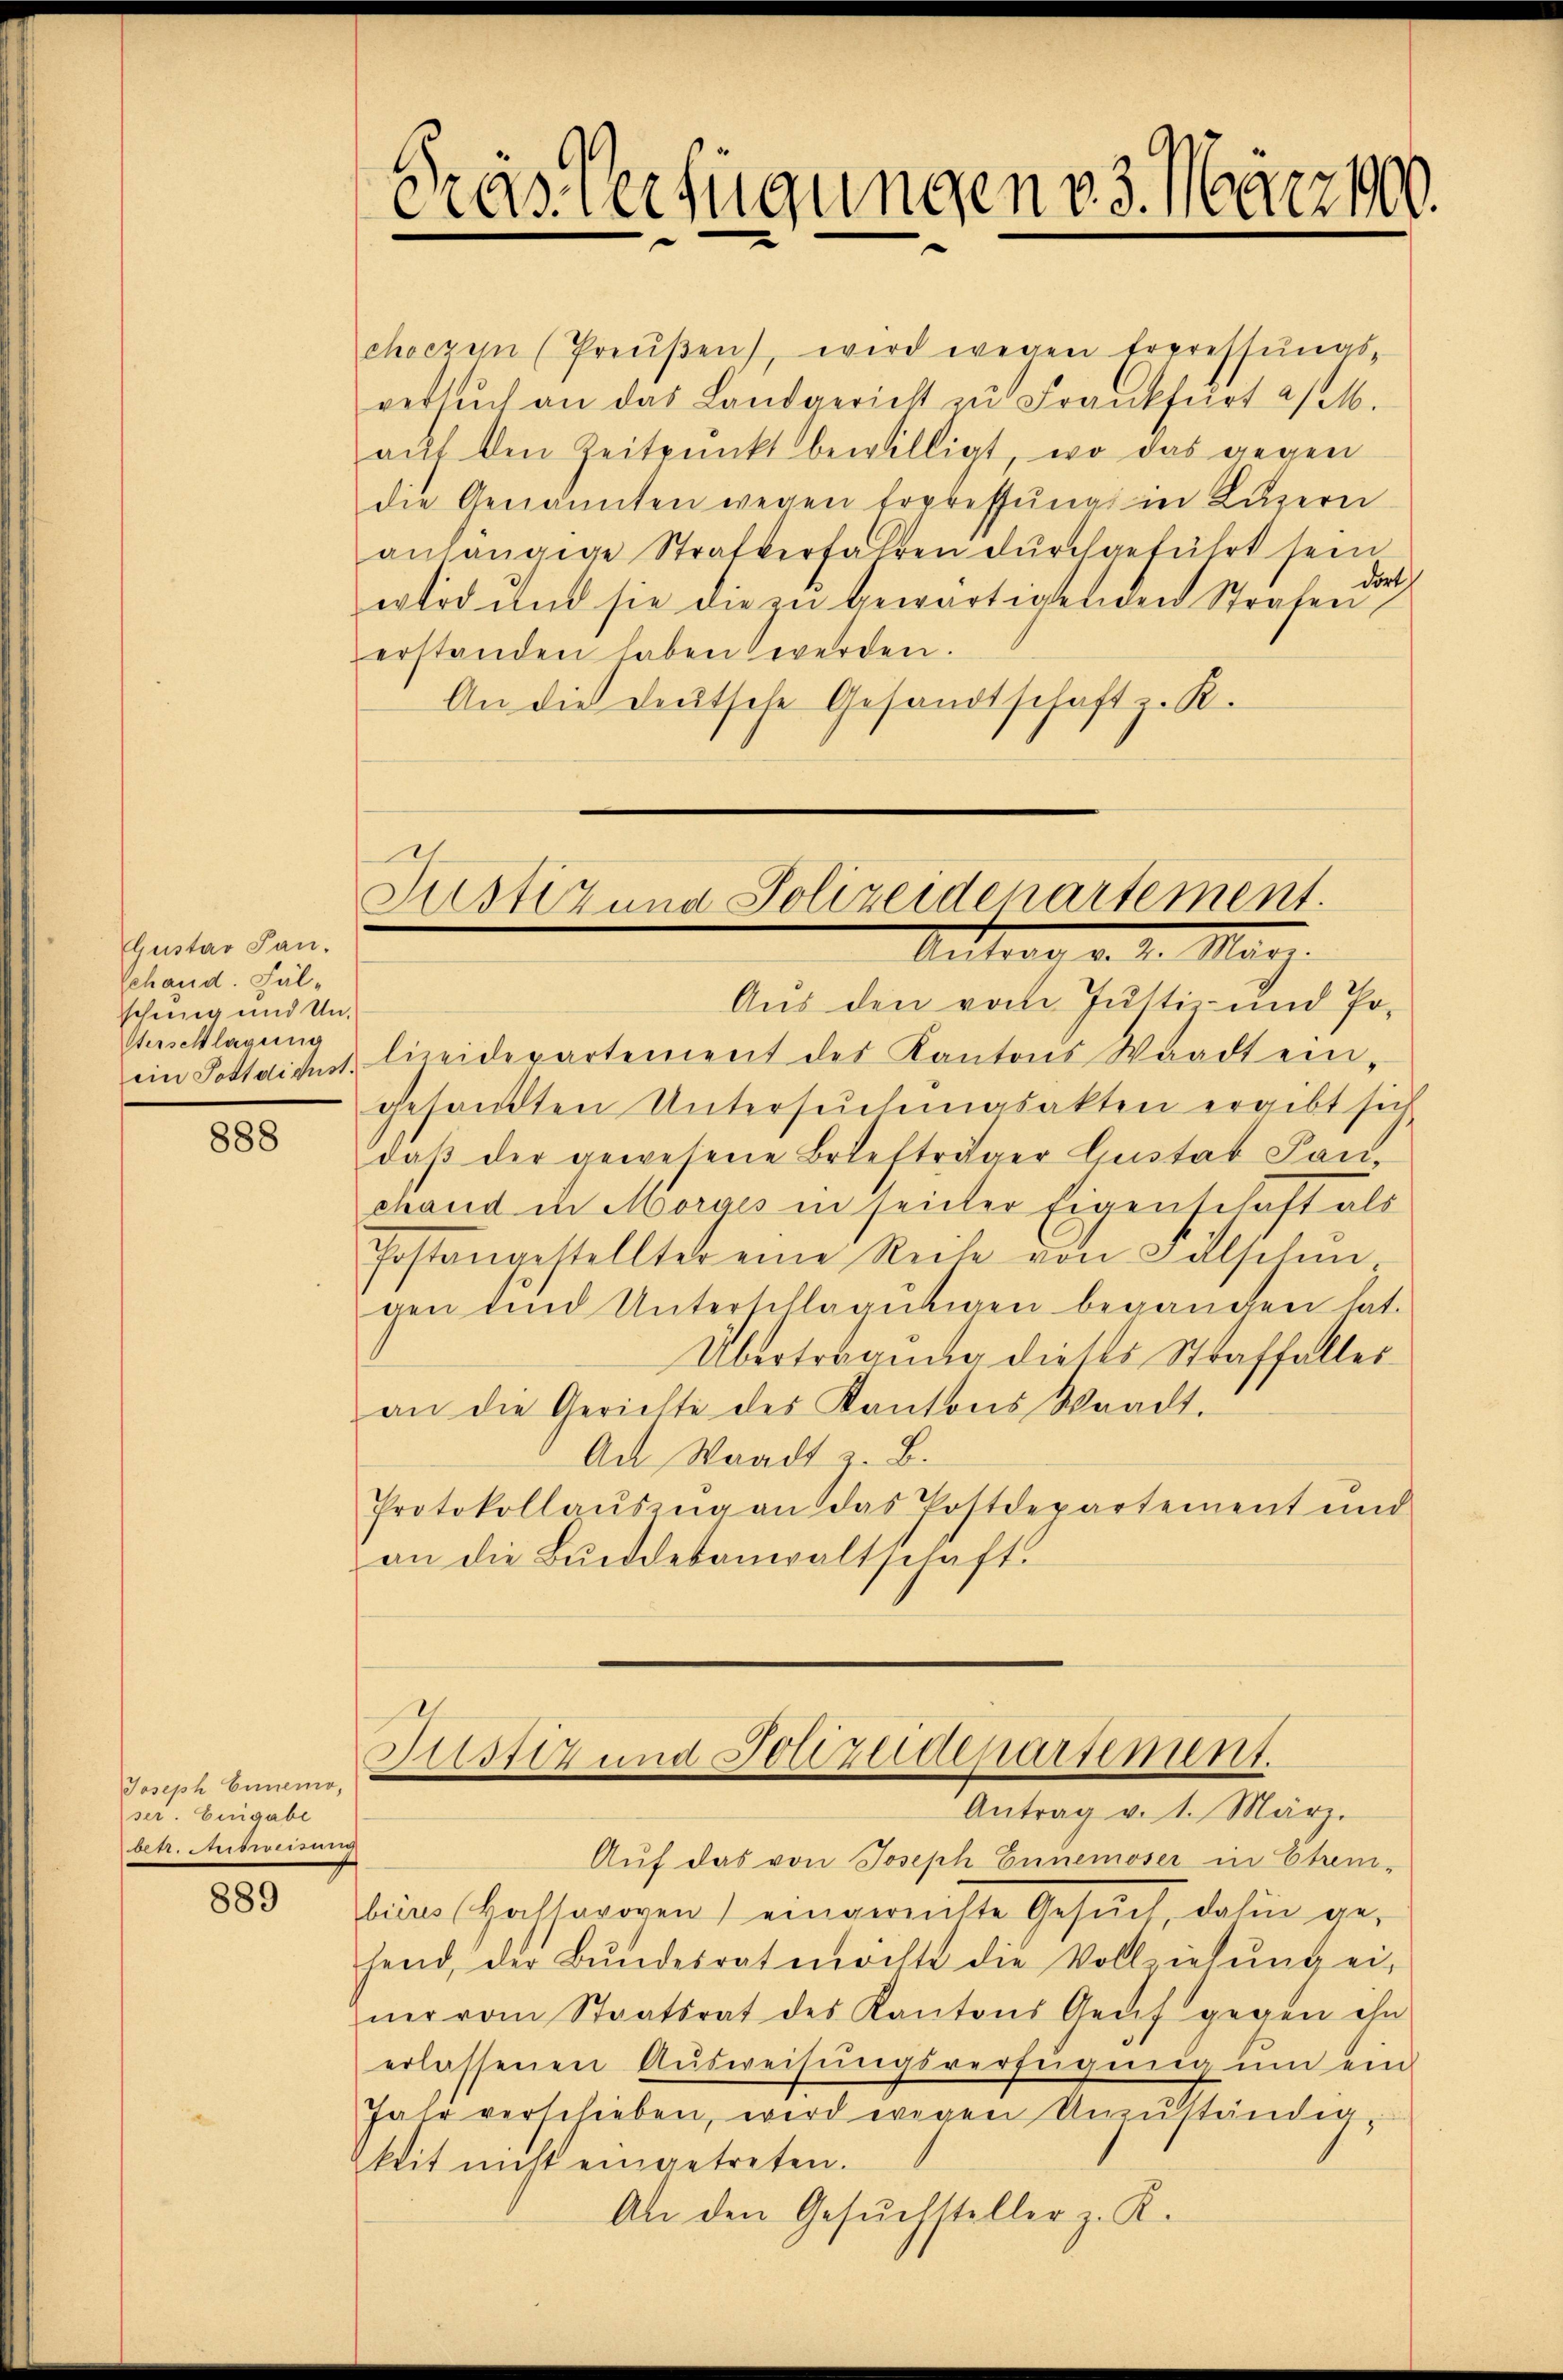
Gustav San.
Schand. Fälschung und Un¬
Verschlagung

888

Joseph Einemo,
ser. Eingabe
betr. Meibweisung

889

choczem (Preŭβen, wird wegen Erpressŭngs-
retsŭch an das Landgericht zu Frankfurt a/M.
aŭf den Zeitpunkt bewilligt, wo das gegen
die Genannten wegen Erpressung in Luzern
anhängige Strafverfahren dŭrchgeführt sein
ertod und sie die zu bewärtigenden Strafe dort
erstanden haben werden.
An die Deutsche Gesandtschaft z. R.

Präs. Verfügungen 23. März 100.

1
Justizung Polizeidepartement.
Mitrag d. 1. März.

Aus den vom Justiz- und Poein Postdicus, lizeidepartement des Kantons Waadt ein-
gesandten Untersŭchngsakten ergibt sich
daβ der gewesene Briefträger Gustat Sanchand in Morges in seiter Eigenschaft als
Postangestellter eine Reihe von Fälschen
gen und Unterschlagungen beganden hat.
Übertragung dieses Straffalles
an die Gerichte des Kantons Waadt.
An Waadt. B.
Protokollaŭszŭg an das Postdepartement und
an die Bŭndesanwaltschaft.

Justiz und Polizeidepartement.
Antrag v. 1. März.

Auf das von Joseph Ennemoser in Ehren-
beins Haltaroren) eingereichte Gesŭch dahin ge-
hend, der Bŭndesrat möchte die Vollziehŭng ei-
ner vom Staatsrat des Kantons Genf gegen ihn
erlassenen Aŭsweisŭngsverfügŭng ŭm ein
Jahr verschieben, wird wegen Unzuständen
keit nicht eingetreten.
An den Gesuchsteller z. K.